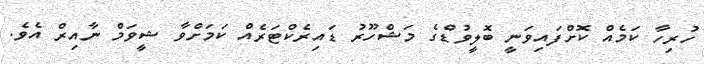
ހުރިހާ ކަމެއް ކޮށްފައިވަނީ ބޮލީވުޑްގެ މަޝްހޫރު ޑައިރެކްޓަރެއް ކަމަށްވާ ޝީވަމް ނާއިރް އެވެ.